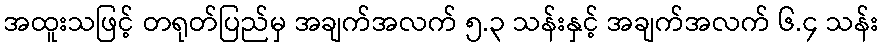
အထူးသဖြင့် တရုတ်ပြည်မှ အချက်အလက် ၅.၃ သန်းနှင့် အချက်အလက် ၆.၄ သန်း